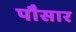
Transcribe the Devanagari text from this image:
पौसार